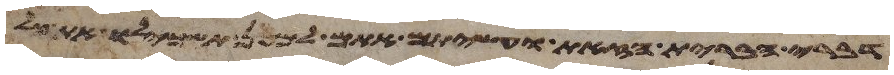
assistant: דברי הברית הזאת ועשיתם אתם למען תשכילו את